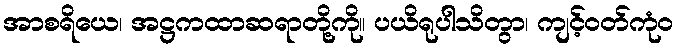
အာစရိယေ၊ အဋ္ဌကထာဆရာတို့ကို။ ပယိရုပါသိတွာ၊ ကျင့်ဝတ်ကုံဝ